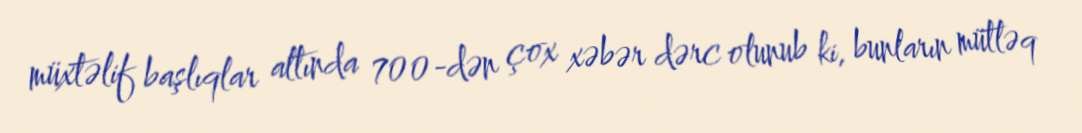
müxtəlif başlıqlar altında 700-dən çox xəbər dərc olunub ki, bunların mütləq